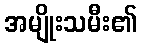
အမျိုးသမီး၏